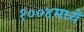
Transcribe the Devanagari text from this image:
१००४मध्ये